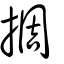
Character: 㨄